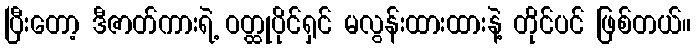
ပြီးတော့ ဒီဇာတ်ကားရဲ့ ဝတ္ထုပိုင်ရှင် မလွန်းထားထားနဲ့ တိုင်ပင် ဖြစ်တယ်။